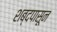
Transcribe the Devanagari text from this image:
शब्दपासून